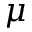
\mu